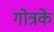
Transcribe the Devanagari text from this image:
गोत्रके